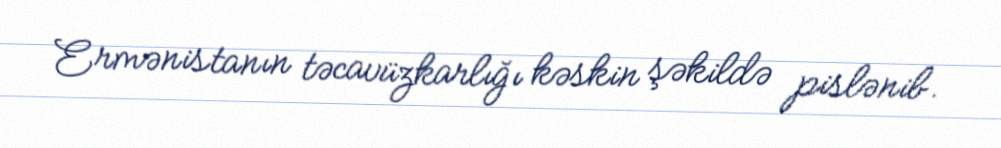
Ermənistanın təcavüzkarlığı kəskin şəkildə pislənib.